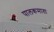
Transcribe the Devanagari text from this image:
पालकमाता